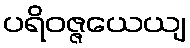
ပရိဝဇ္ဇယေယျ